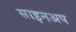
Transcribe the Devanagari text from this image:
साइनअप